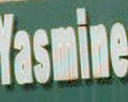
lasmine